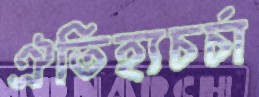
ঐতিহ্যচর্চা